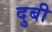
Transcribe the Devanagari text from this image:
दुबी